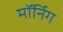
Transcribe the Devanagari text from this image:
मॉर्निग